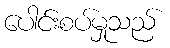
ပေါင်းစပ်မှုသည်